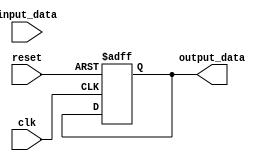
module Voltage_Level_Shifter (
    input wire clk,
    input wire reset,
    input wire [7:0] input_data,
    output reg [7:0] output_data
);

always @(posedge clk or posedge reset) begin
    if (reset) begin
        output_data <= 8'b00000000;
    end else begin
        case (input_data)
            // Logic to safely shift voltage levels
            // Add code here to process input_data and generate output_data at different voltage level
        endcase
    end
end

endmodule